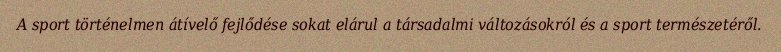
A sport történelmen átívelő fejlődése sokat elárul a társadalmi változásokról és a sport természetéről.